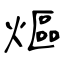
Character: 熰